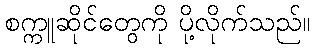
စက္ကူဆိုင်တွေကို ပို့လိုက်သည်။